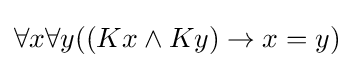
\forall x\forall y((Kx\land Ky)\rightarrow x=y)